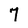
Character: 7